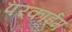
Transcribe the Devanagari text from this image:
परकाईम